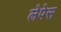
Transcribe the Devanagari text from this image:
लेपेस